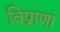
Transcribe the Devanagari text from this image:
विप्राणां